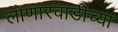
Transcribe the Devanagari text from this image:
लोणारवाडीच्या